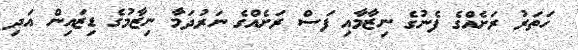
ހަތަރު ރަށެއްގެ ފެނުގެ ނިޒާމާއި ފަސް ރަށެއްގެ ނަރުދަމާ ނިޒާމުގެ ޑިޒައިން އަދި